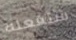
ستفعله